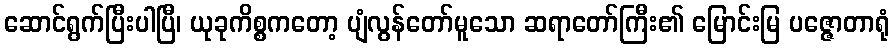
ဆောင်ရွက်ပြီးပါပြီ၊ ယုခုကိစ္စကတော့ ပျံလွန်တော်မူသော ဆရာတော်ကြီး၏ မြောင်းမြ ပဇ္ဇောတာရုံ